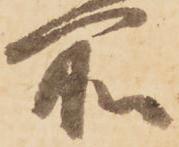
所